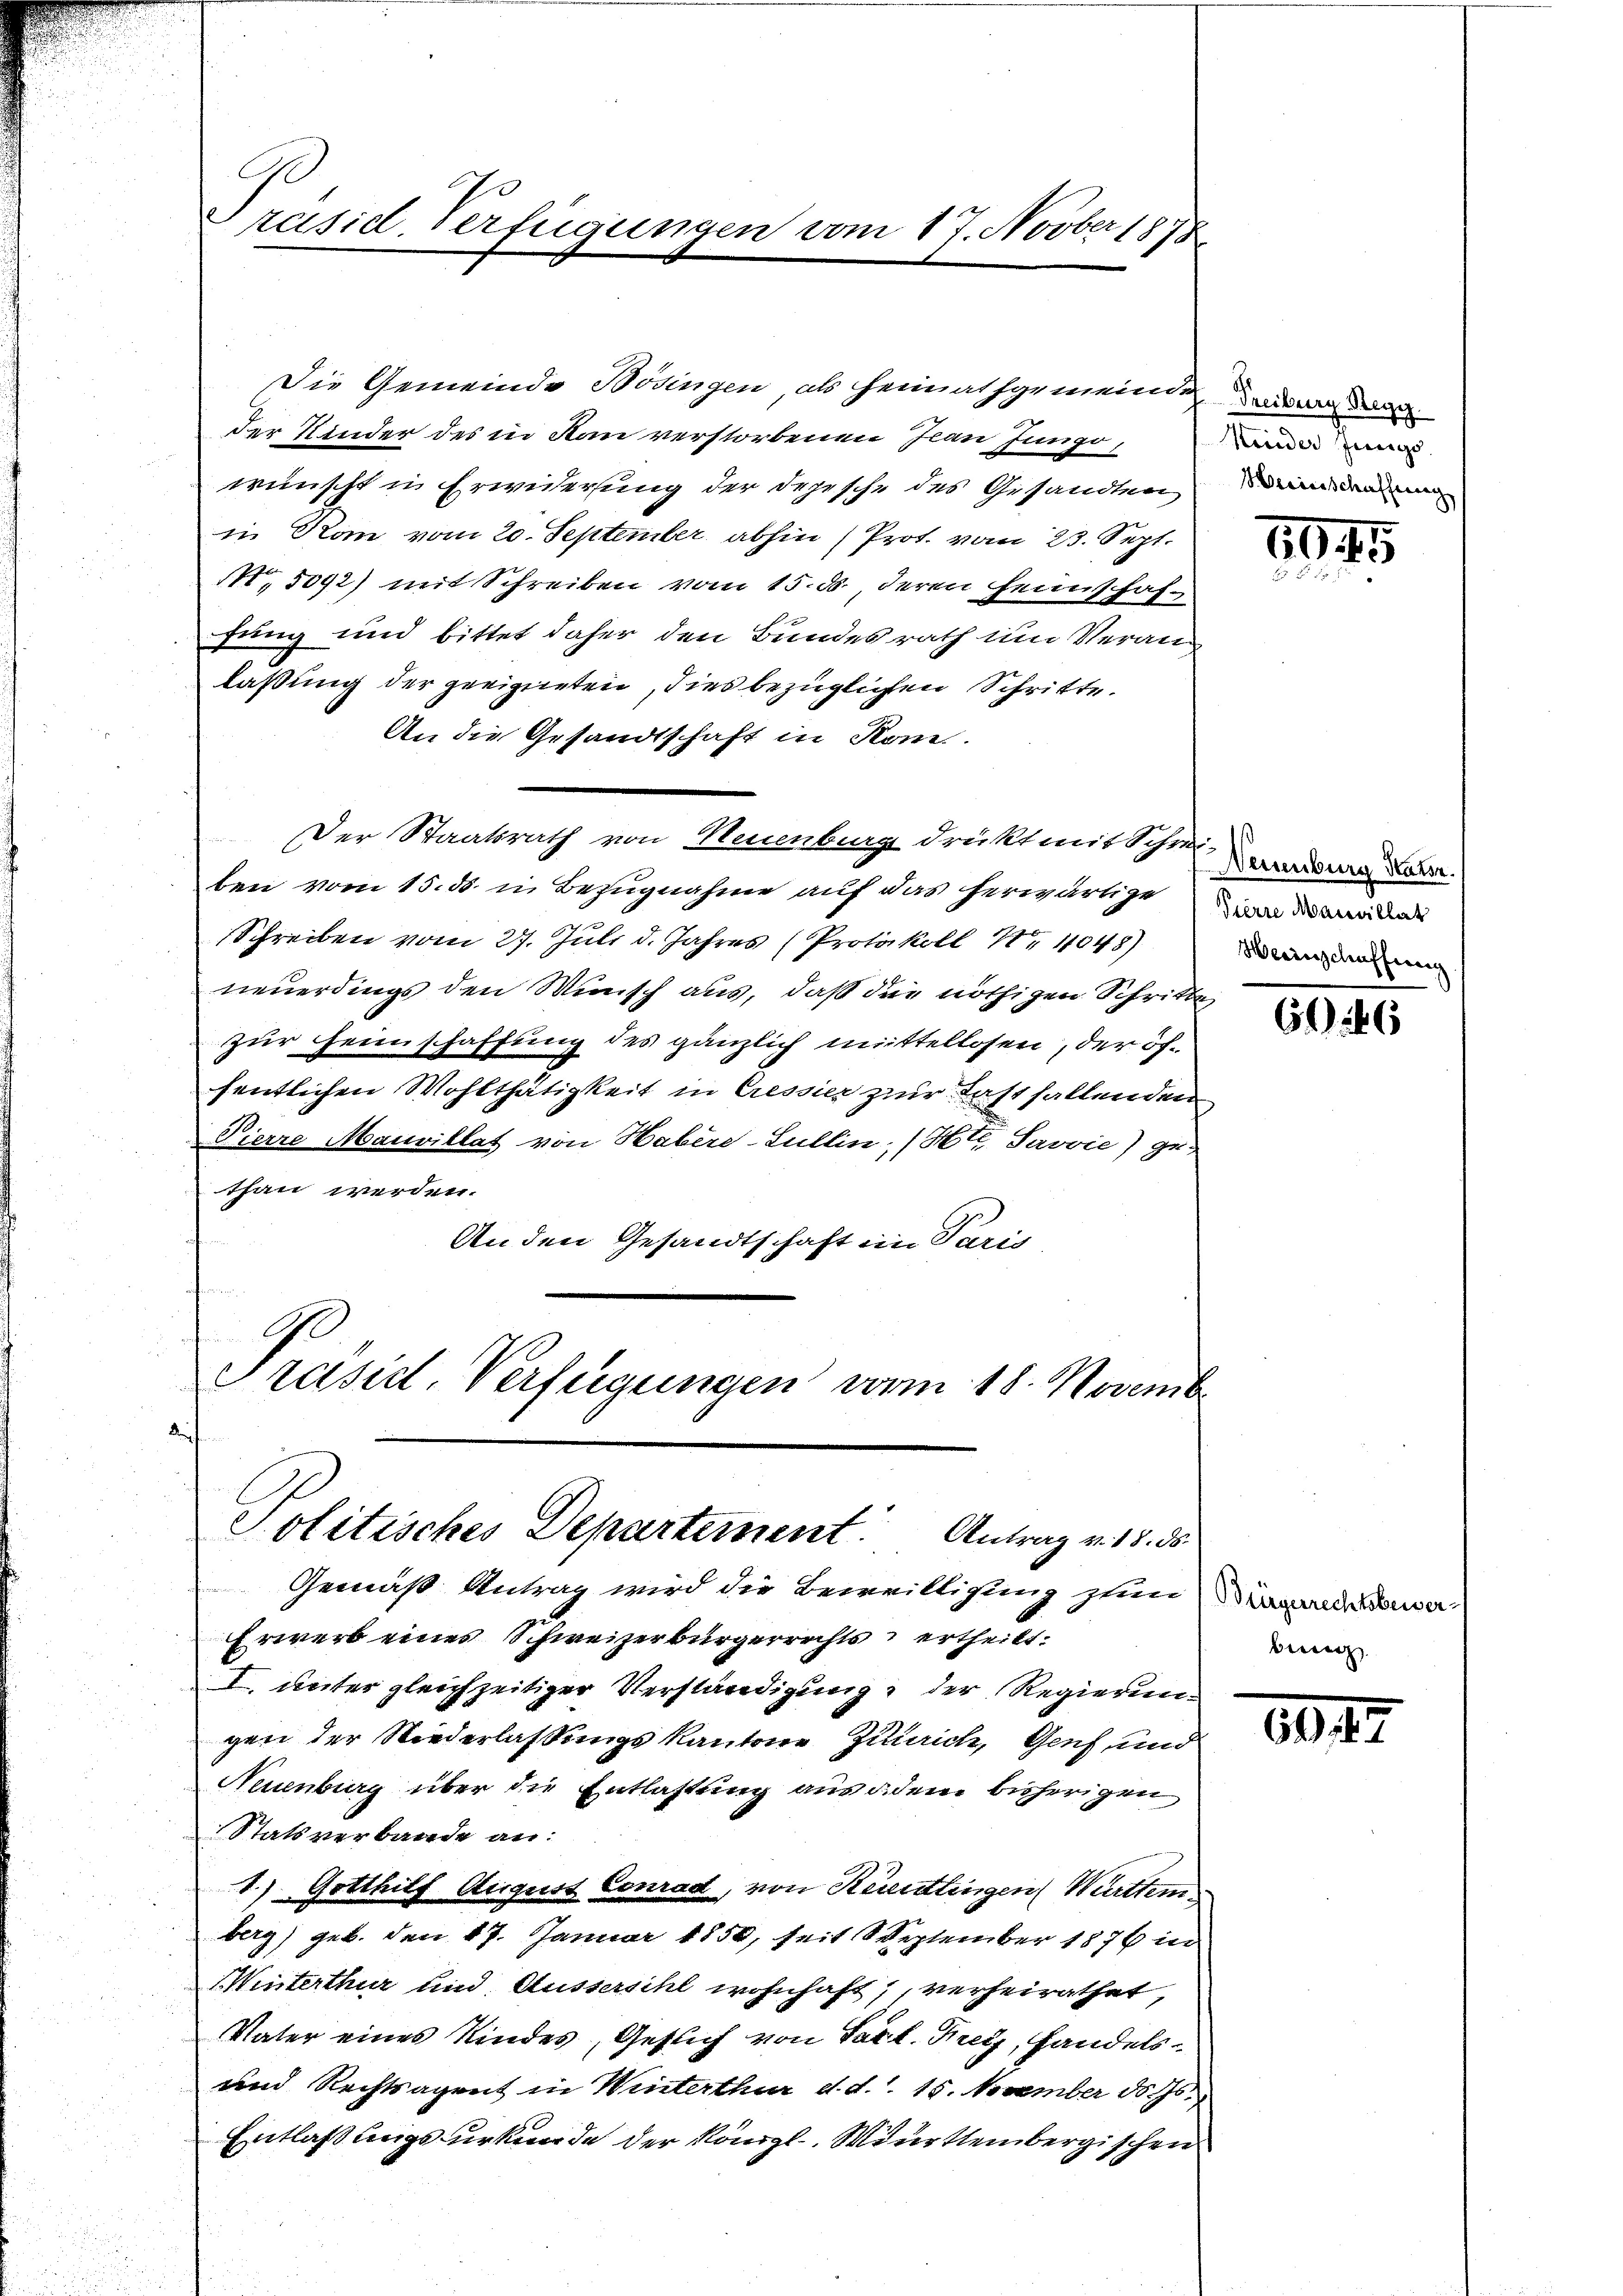
C
Präsid. Verfügungen vom 17. Novber 1878

Die Gemeinde Rosingen als Heimathgemeinde, da de
Der Kinder des in Kan verstorbenen Jean Jungo,
wünscht in Erwiderung der Depesche des Gesandten
in Rom vom 20. September abhin (Prot. vom 23. Sept.
No. 5092) mit Schreiben vom 15. ds. deren Heimschaffung und bittet daher den Bundesrath um Veranlaßung der geeigneten, dies bezüglichen Schritte.
An die Gesandtschaft in Kom-
Der Staatsrath von Neuenburg drükt mit Schmiedere Daue
ben vom 15. ds. in Bezugnahme auf das herwärtigen des Brda
Schreiben vom 27. Juli d. Jahres (Protokoll No 11048)
neuerdings den Wunsch aus, daß die nöthigen Schritte
zur Heimschaffung des gänzlich mittellosen, der öffentlichen Wohlthätigkeit in Cressier zur Last fallenden
Pierre Mauvillat von Habere-Lullin, (Htt. Savvie) ge-
than werden.
An den Gesandtschaft im Paris
Präsid. Verfügungen vom 18. November
de

Politisches Departement. Antrag v. 18. ds.

Gemäß Antrag wird die Beweilligung zum Mann dann
Erwerb eines Schweizerbürgerrechts ertheilt.
I. unter gleichzeitiger Verständigung der Regierungen der Niederlassungs kantone Zularich, Genf und
Neuenburg über die Entlastung aus dem bisherigen
Statsverbande an:
1.) Gotthilf August Conrad, von Kesentlingen Württem
berg) geb. den 17. Januar 1850, seit September 1876 in
(Winterthur und Aussersihl wohnhaft, verheirathet,
Vater eines Kindes, Geflich von Sarl. Frey, Handels¬
und Rechtsagent in Winterthur d. d. 15. November d. Js.
Entlaßungsurkunde der Königl. Württembergischen

Kiieder Jungs
Meierschaffung

1945

Weinschaffung

626

diz

204